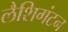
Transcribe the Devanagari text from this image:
लैशिगंटन